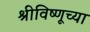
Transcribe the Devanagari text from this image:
श्रीविष्णूच्या